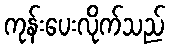
ကုန်းပေးလိုက်သည်